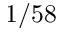
1 / 5 8